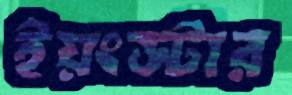
ইয়ংস্টার